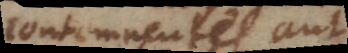
contemnentes aut